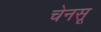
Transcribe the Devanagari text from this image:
चेनसू